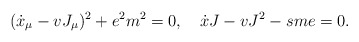
\begin{align*}(\dot{x}_{\mu}-vJ_{\mu})^{2}+e^{2}m^{2}=0,\quad\dot{x}J-vJ^{2}-s me=0.\end{align*}